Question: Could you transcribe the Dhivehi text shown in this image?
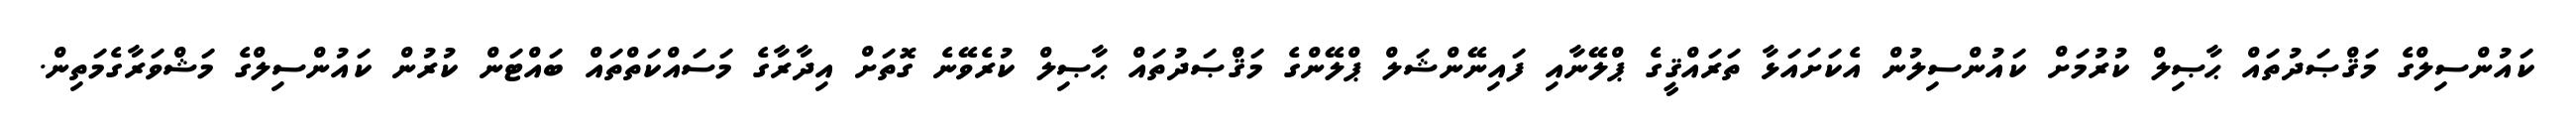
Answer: ކައުންސިލްގެ މަޤްޞަދުތައް ޙާޞިލް ކުރުމަށް ކައުންސިލުން އެކަށައަޅާ ތަރައްޤީގެ ޕްލޭނާއި ފައިނޭންޝަލް ޕްލޭންގެ މަޤްޞަދުތައް ޙާޞިލް ކުރެވޭނެ ގޮތަށް އިދާރާގެ މަސައްކަތްތައް ބައްޓަން ކުރުން ކައުންސިލްގެ މަޝްވަރާގެމަތިން.